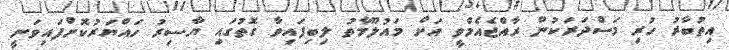
އިތުބާރު ހުރި މަސްދަރަކުން ރާއްޖެއެމްވީ އަށް މައުލޫމާތު ލިބިފައިވާ ގޮތުގައި ޔާސިރު ހައްޔަރުކޮށްފައިވަނީ